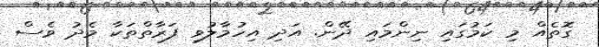
ގޮތެއް މި ކަމުގައި ނިންމައި ދޭން. އަދި އިހުމާލުވި ފަރާތްތަކާ މެދު ވެސް